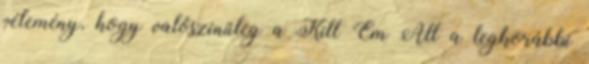
vélemény, hogy valószínűleg a Kill 'Em All a legkorábbi